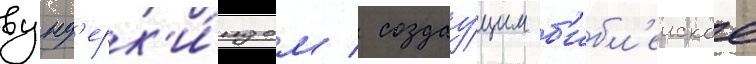
вунд'ерк'и́ндом / создау́щим б'ибл'еиское